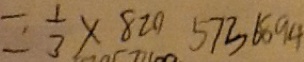
= \frac { 1 } { 3 } \times 8 2 0 5 7 3 6 8 9 4